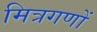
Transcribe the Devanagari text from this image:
मित्रगणों